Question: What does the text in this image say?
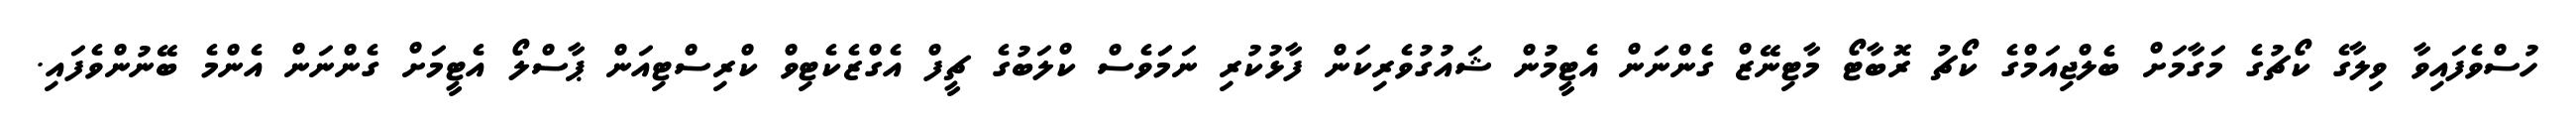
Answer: ހުސްވެފައިވާ ވިލާގެ ކޯޗުގެ މަގާމަށް ބެލްޖިއަމްގެ ކޯޗު ރޮބާޓޯ މާޓިނޭޒް ގެންނަން އެޓީމުން ޝައުގުވެރިކަން ފާޅުކުރި ނަމަަވެސް ކްލަބުގެ ޗީފް އެގްޒެކެޓިވް ކްރިސްޓިއަން ޕާސްލޯ އެޓީމަށް ގެންނަން އެންމެ ބޭނުންވެފައި.